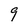
Character: 9